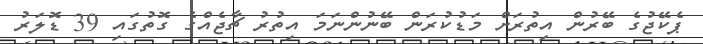
ޕެކޭޖުގެ ބޭރުން އިތުރަށް މަޑުކުރަން ބޭނުންނަމަ އިތުރު ޗާޖެއްގެ ގޮތުގައި 39 ޑޮލަރު